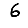
Digit: 6